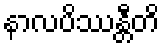
နာလပိဿန္တီတိ